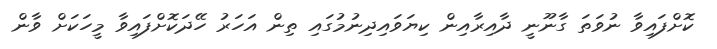
ކޮށްފައިވާ ނުވަތަ ގާނޫނީ ދާއިރާއިން ކިޔަވައިދިނުމުގައި ތިން އަހަރު ހޭދަކޮށްފައިވާ މީހަކަށް ވާން